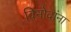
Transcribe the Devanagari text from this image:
विनोदांना